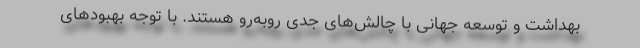
بهداشت و توسعه جهانی با چالش‌های جدی روبه‌رو هستند. با توجه بهبودهای